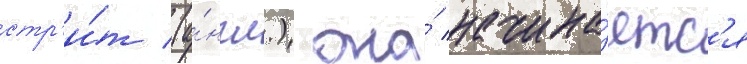
стр'и́т (а́нгл.) она́ начина́етс'я